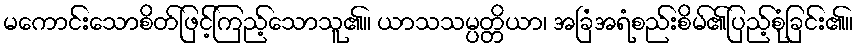
မကောင်းသောစိတ်ဖြင့်ကြည့်သောသူ၏။ ယာသသမ္ပတ္တိယာ၊ အခြံအရံစည်းစိမ်၏ပြည့်စုံခြင်း၏။